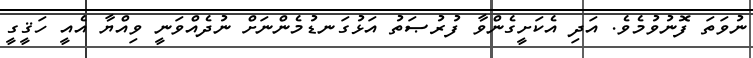
ނުވަތަ ފޮނުވުމެވެ. އަދި އެކަށީގެންވާ ފުރުޞަތު އަޅުގަނޑުމެންނަށް ނުދެއްްވަނީ ވިއްޔާ އެއީ ހަޤީގީ